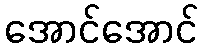
အောင်အောင်